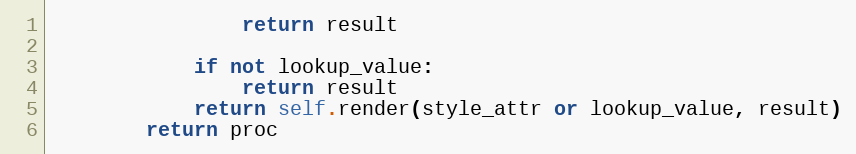
Language: Python
                return result

            if not lookup_value:
                return result
            return self.render(style_attr or lookup_value, result)
        return proc